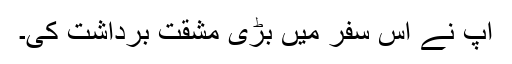
اپ نے اس سفر میں بڑی مشقت برداشت کی۔